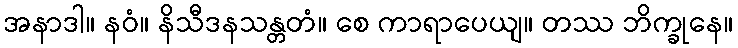
အနာဒါ။ နဝံ။ နိသီဒနသန္တတံ။ စေ ကာရာပေယျ။ တဿ ဘိက္ခုနေ။